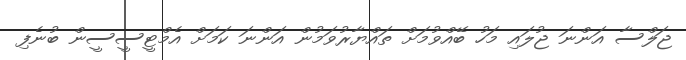
ޖަލްސާ އަންނަ ޖުލައި މަހު ބޭއްވުމަށް ތައްޔާރުވަމުން އަންނަ ކަމަށް އެމްޓީސީސީން ބުނެފި